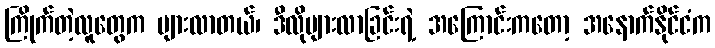
ကြိုက်တဲ့လူတွေက များလာတယ်၊ ဒီလိုများလာခြင်းရဲ့ အကြောင်းကတော့ အနောက်နိုင်ငံက